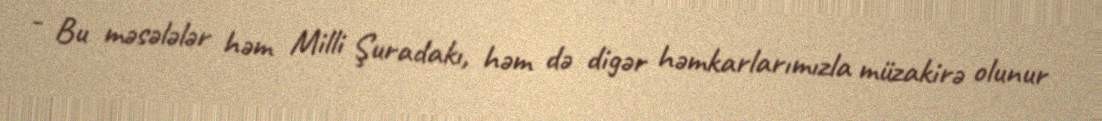
- Bu məsələlər həm Milli Şuradakı, həm də digər həmkarlarımızla müzakirə olunur